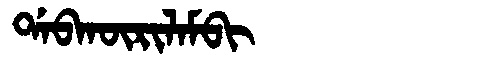
Manchu: ᡩᠠᠪᡴᡡᡵᡳᠯᠠᠮᠪᡳ
Romanization: DABKŪRILAMBI